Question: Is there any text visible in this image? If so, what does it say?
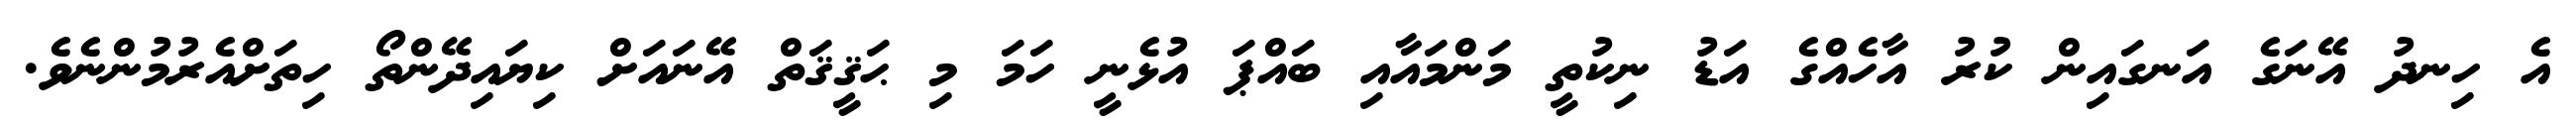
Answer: އެ ހިނދު އޭނަގެ އަނގައިން ކުރު އާހެއްގެ އަޑު ނިކުތީ މަންމައާއި ބައްޕަ އުޅެނީ ހަމަ މި ޙަޤީޤަތް އޭނައަށް ކިޔައިދޭންތޯ ހިތަށްއެރުމުންނެވެ.